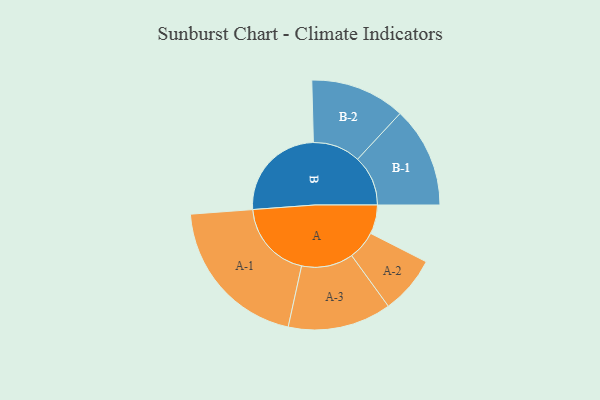
{"axis": {"x": "Segment", "y": "Value"}, "legend": ["", "A", "B"], "data": [{"x": "A", "y": 109, "type": ""}, {"x": "B", "y": 374, "type": ""}, {"x": "A-1", "y": 296, "type": "A"}, {"x": "A-2", "y": 109, "type": "A"}, {"x": "A-3", "y": 195, "type": "A"}, {"x": "B-1", "y": 190, "type": "B"}, {"x": "B-2", "y": 179, "type": "B"}]}